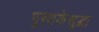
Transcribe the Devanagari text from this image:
पुस्तकेसुद्धा